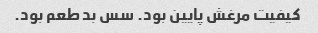
کیفیت مرغش پایین بود. سس بد طعم بود.